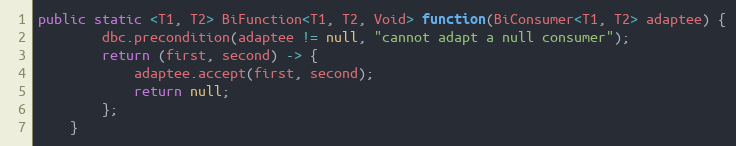
Language: Java
public static <T1, T2> BiFunction<T1, T2, Void> function(BiConsumer<T1, T2> adaptee) {
        dbc.precondition(adaptee != null, "cannot adapt a null consumer");
        return (first, second) -> {
            adaptee.accept(first, second);
            return null;
        };
    }